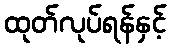
ထုတ်လုပ်ရန်နှင့်